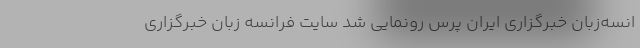
انسه‌زبان خبرگزاری ایران پرس رونمایی شد سایت فرانسه زبان خبرگزاری